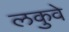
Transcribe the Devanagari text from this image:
लकुवे